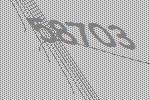
58703